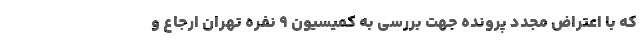
که با اعتراض مجدد پرونده جهت بررسی به کمیسیون ۹ نفره تهران ارجاع و